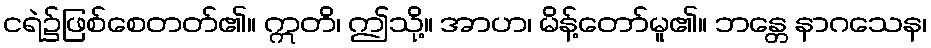
ငရဲ၌ဖြစ်စေတတ်၏။ ဣတိ၊ ဤသို့။ အာဟ၊ မိန့်တော်မူ၏။ ဘန္တေ နာဂသေန၊